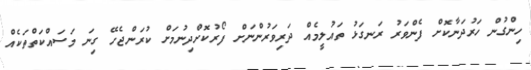
ހިންގުން ހަރުދަނާކޮށް ފެންވަރު ރަނގަޅު ތައުލީމެއް ދަރިވަރުންނަށް ފޯރުކޮށްދިނުމަށް ކުރަންޖެހޭ ގިނަ މަސައްކަތްތަކެއް